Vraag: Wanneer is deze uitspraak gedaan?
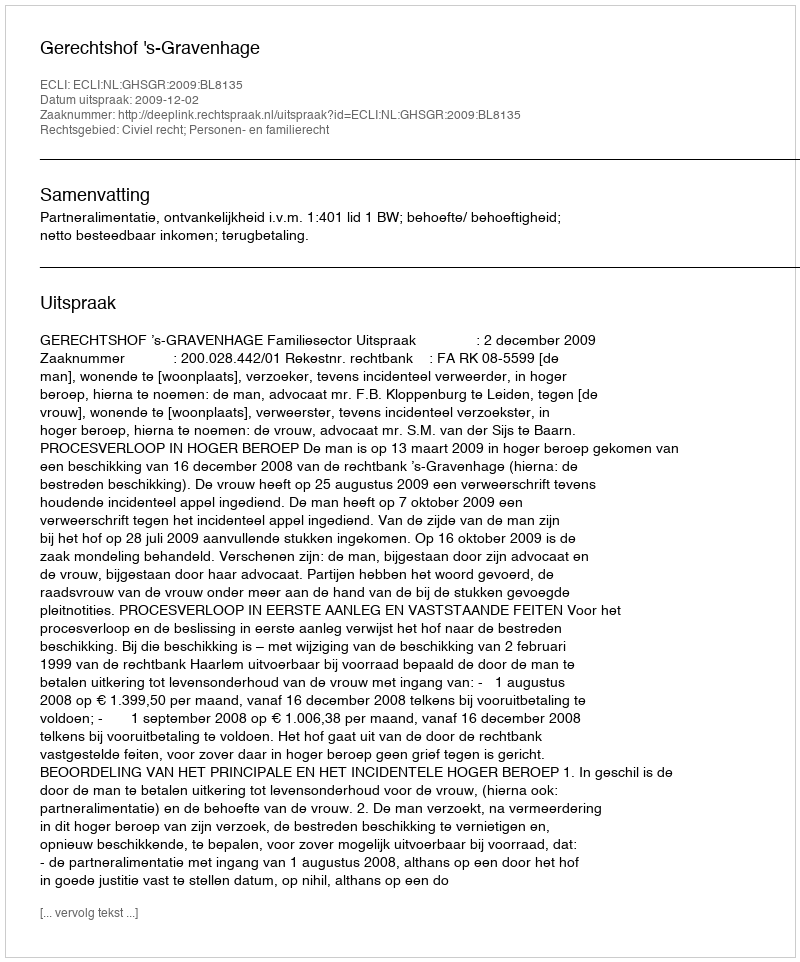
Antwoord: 2009-12-02